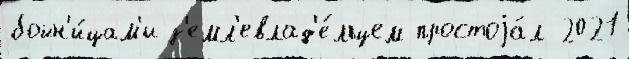
бойн'и́цам'и з'емл'евлад'е́льцем простоjа́л 2021